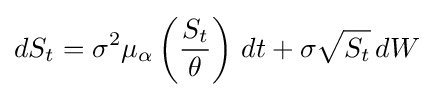
dS_{t}=\sigma ^{2}\mu _{\alpha }\left({\frac {S_{t}}{\theta }}\right)\,dt+\sigma {\sqrt {S_{t}}}\,dW